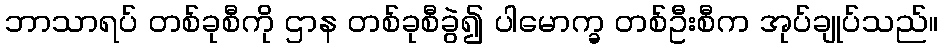
ဘာသာရပ် တစ်ခုစီကို ဌာန တစ်ခုစီခွဲ၍ ပါမောက္ခ တစ်ဦးစီက အုပ်ချုပ်သည်။